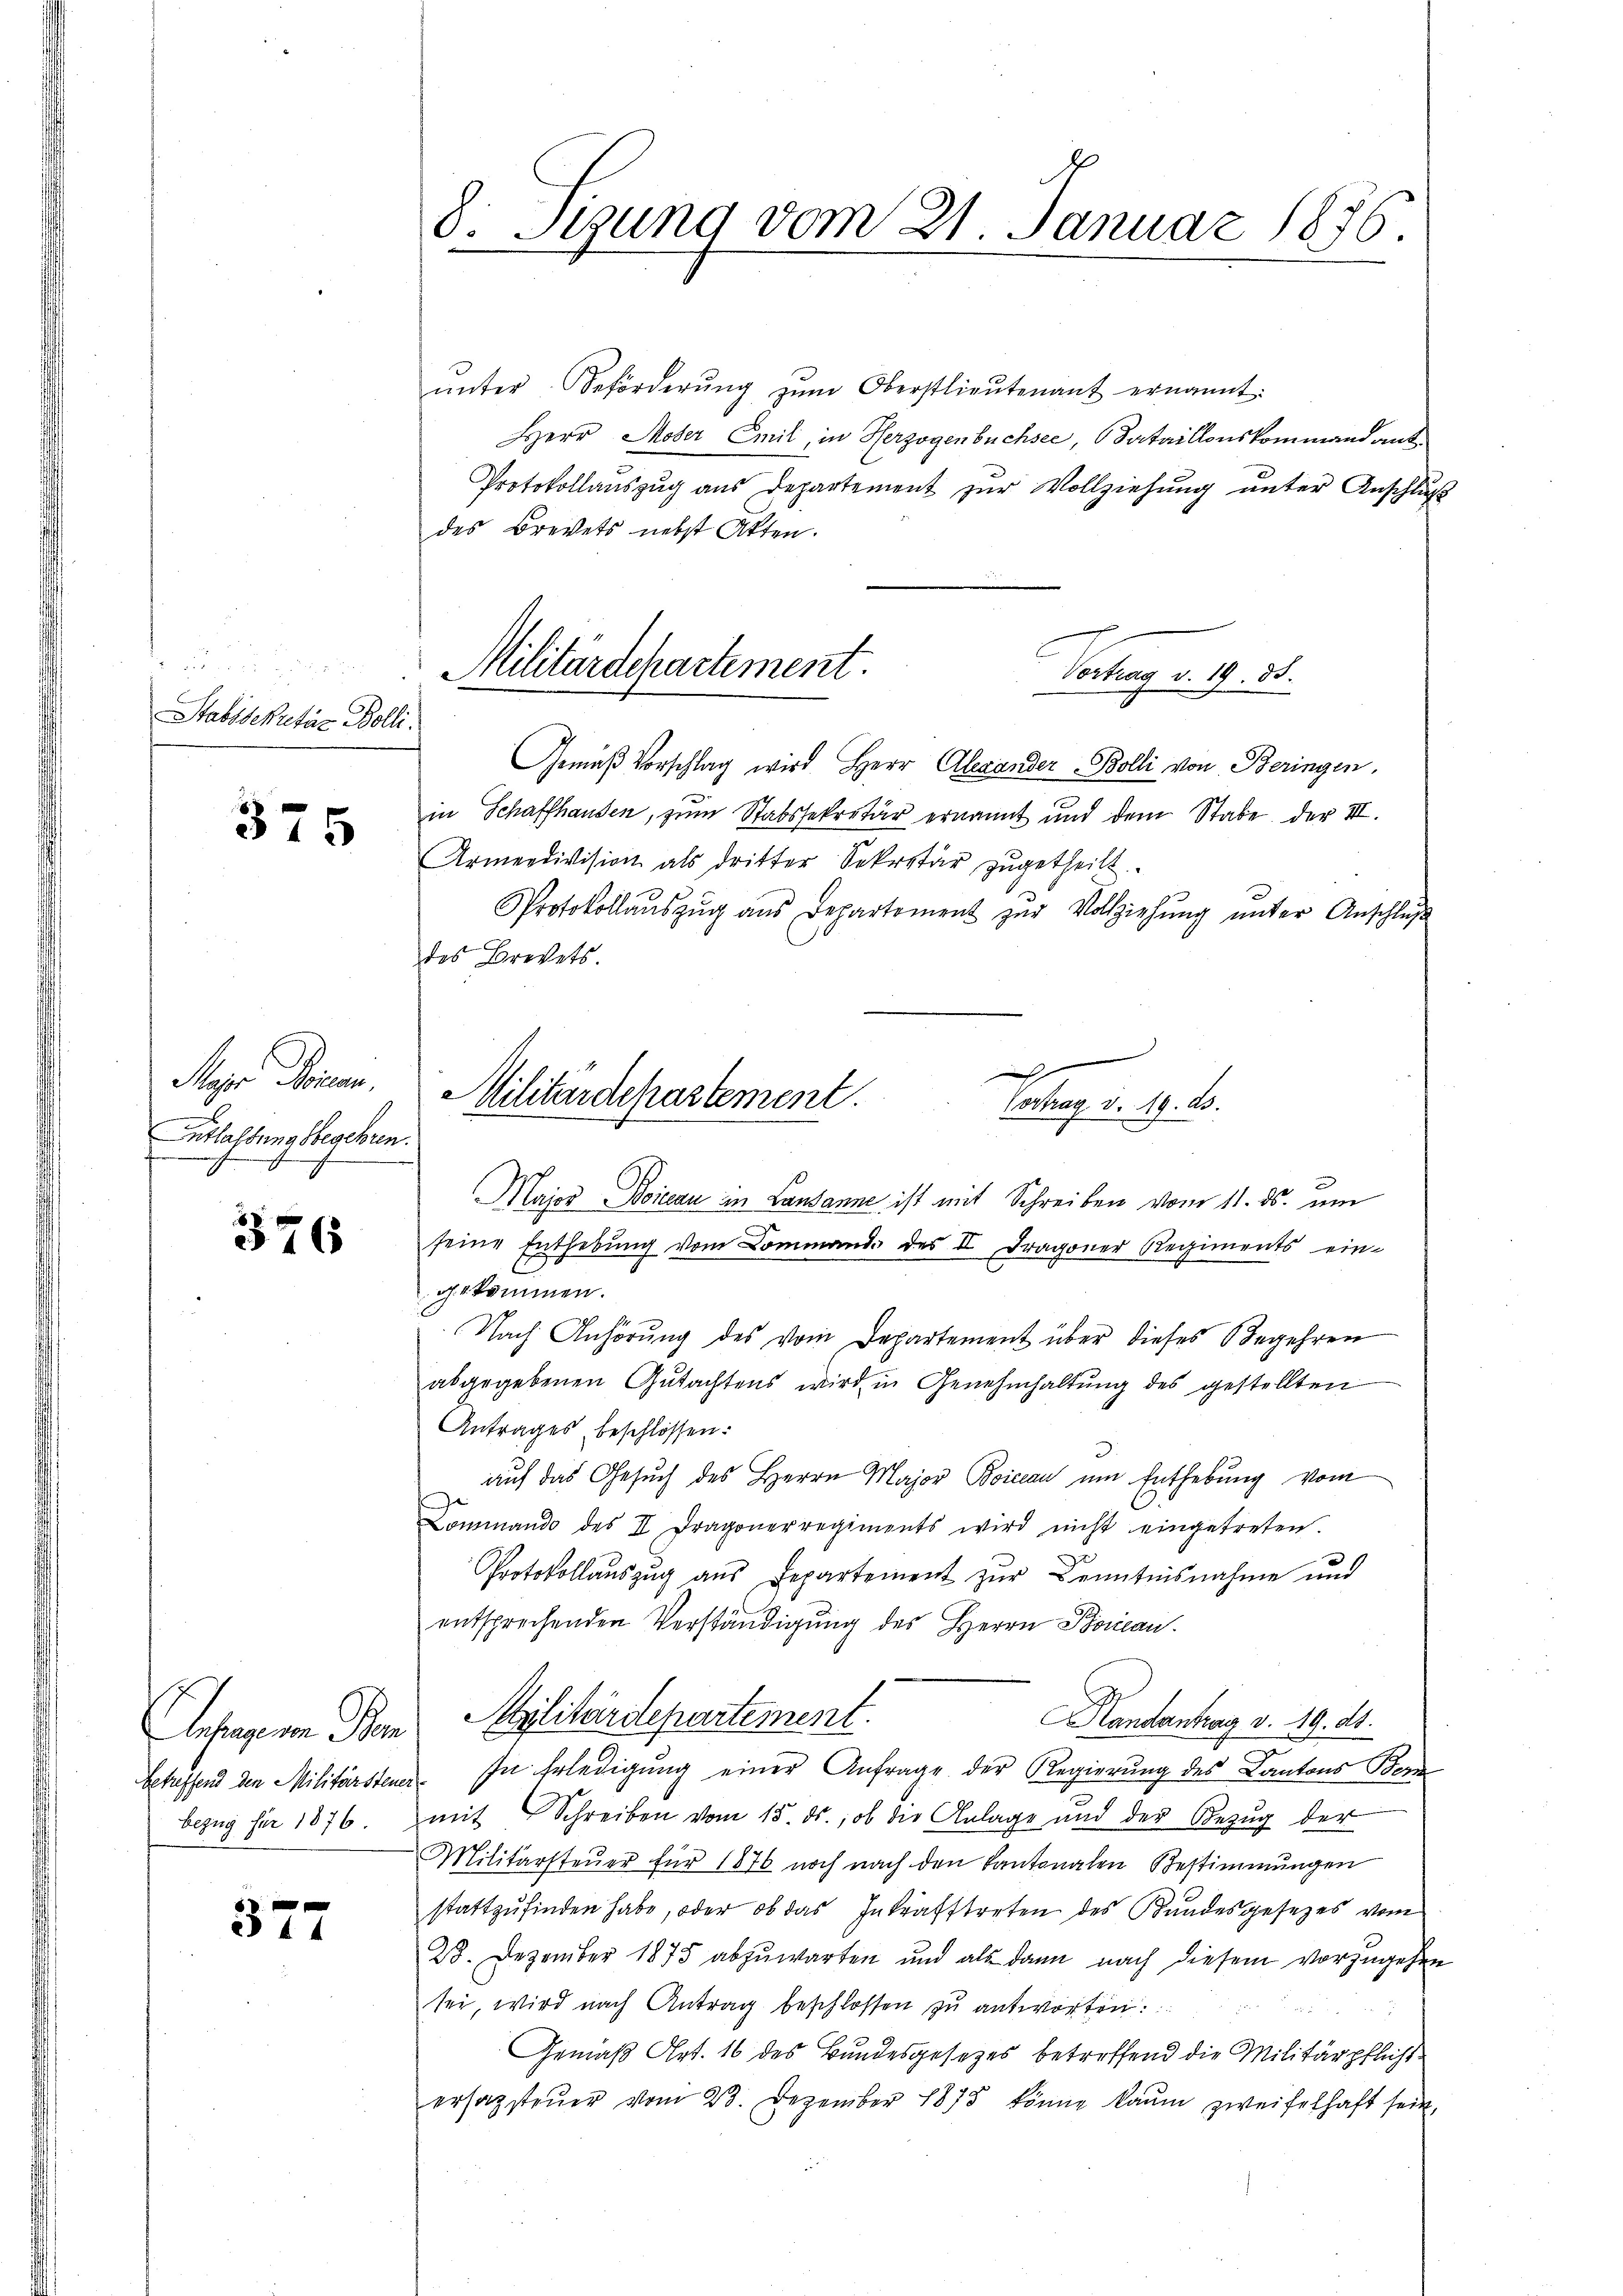
Stabssekretär Bolli¬

375

Maer Seinen.
Entlassungsbegehren.

376

377

8. Stung vom 21. Januar 1876

Militärdepartement.
Vortrag v. 19. 35.

ŭnter Beförderŭng zŭm Oberstlieutenant ernannt:
Herr Moser Emil, in Herzogenbüchsee, Sataillonskommandant¬
Protokollauszug aus Departement zur Vollziehung unter Anschluß
des Brevets nebst Akten.
Gemäβ Vorschlag wird Herr Alexander Bolli von Beringen,
in Schaffhausen, zum Stabssekretär ernannt und dem Stabe der III.
Armendivision als dritter Sekretär zŭgetheilt.
Protokollaŭszŭg aŭs Departement zŭr Vollziehŭng ŭnter Anschlŭβ
des Brevets.
g
Militärdepartement.
Vortrag v. 19. ds.

Major Boierau in Lausanne ist mit Schreiben vom 11. ds. um
seine Enthebung vom Command des II Dragoner Regiments ein-
g. u. kommen.
Nach Anhörung des vom Departement über dieses Begehren
abgegebenen Gutachtens wird in Genehmhaltung des gestellten
Antrages beschlossen:
3.
auf das Gesuch des Herrn Major Boiccan um Enthebung vom
Commando des II Dragonerregiments wird nicht eingetreten.
Protokollauszug aus Departement zur Kenntnisnahme und
entsprechenden Verständigung des Herrn Borican.
Handantag v. 19. ds.
Anfragenen Bern Abilitärdepartement.
Schaffend den Militärsteuer. In Erledigung einer Anfrage der Regierung des Kantons Bern
bezŭg für 1876. mit Schreiben vom 15. ds., ob die Anlage und der Bezŭg der
Militärsteŭer für 1876 noch nach den Kantonalen Bestimmungen
stattzufinden habe, oder ob das Inkrafttreten des Bundesgesezes vom
28. Dezember 1875 abzuwarten und als dann nach diesem vorzugehen
sei, wird nach Antrag beschlossen zu antworten:
Gemäß Art. 16 des Bundesgesetzes betreffend die Militärpflicht
ersagsteŭer vom 23. Dezember 1875 könne kaum zweifelhaft sein,